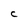
Character: C